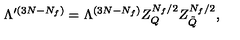
\Lambda ^ { \prime ( 3 N - N _ { f } ) } = \Lambda ^ { ( 3 N - N _ { f } ) } Z _ { Q } ^ { N _ { f } / 2 } Z _ { \tilde { Q } } ^ { N _ { f } / 2 } ,